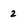
Character: 2